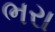
ભરા